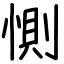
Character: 惻